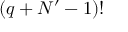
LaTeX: \left( q + N ^ { \prime } - 1 \right) !